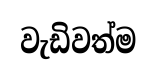
වැඩිවත්ම